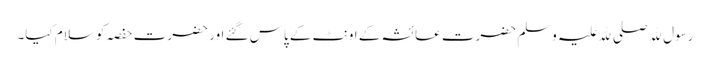
رسول ﷲ صلی ﷲ علیہ وسلم حضرت عائشہ کے اونٹ کے پاس گئے اور حضرت حفصہ کو سلام کیا۔